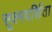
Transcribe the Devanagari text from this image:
सूक्ष्मदर्शिता